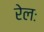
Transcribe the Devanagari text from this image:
रेलः